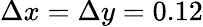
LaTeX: \Delta x=\Delta y=0.12